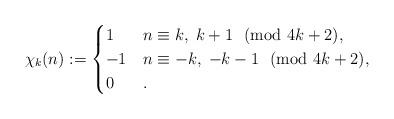
LaTeX: \begin{align*}\chi_{k}(n):=\begin{cases}1 &n\equiv k,\;k+1\!\!\pmod{4k+2},\\-1 &n\equiv -k,\;-k-1\!\!\pmod{4k+2},\\0 &.\end{cases} \end{align*}